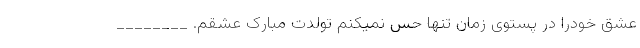
عشق خودرا در پستوی زمان تنها حس نمیکنم تولدت مبارک عشقم. ________